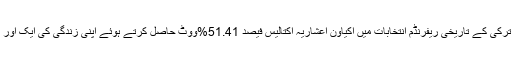
اور 16اپریل 2017کو ترکی کے تاریخی ریفرنڈم انتخابات میں اکیاون اعشاریہ اکتالیس فیصد 51.41%ووٹ حاصل کرتے ہوئے اپنی زندگی کی ایک اور بڑی کامیابی حاصل کی۔